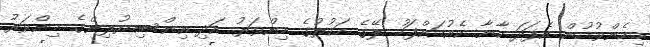
މިހެންވުމުން އެފަދަ ކާނާ ކެއުމަށްފަހު ލޭގެ ހަކުރުގެ މިންވަރު އަދި އިންސިޔުލިންގެ މިންވަރު